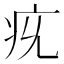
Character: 𤴴